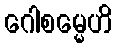
ဂေါစမ္မေဟိ